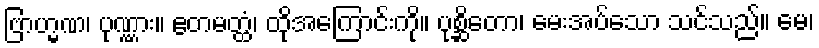
ဗြာဟ္မဏ၊ ပုဏ္ဏား။ ဧတမတ္ထံ၊ ထိုအကြောင်းကို။ ပုစ္ဆိတော၊ မေးအပ်သော သင်သည်။ မေ၊